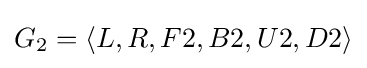
G_{2}=\langle L,R,F2,B2,U2,D2\rangle